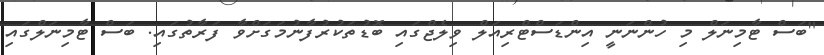
"ބަސް ޓާމިނަލް މި ހުންނަނީ އިންޑަސްޓްރިއަލް ވިލެޖްގައި ބޮޑުތަކުރުފާނުމަގަށްވާ ފަރާތުގައި. ބަސް ޓާމިނަލްގައި